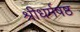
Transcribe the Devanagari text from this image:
श्रीधर्मषष्ठ